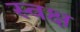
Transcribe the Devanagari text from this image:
स्वक्ष